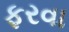
ફરવા